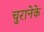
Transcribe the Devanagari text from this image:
चुरानेके